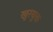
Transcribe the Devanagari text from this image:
खुरयुक्त